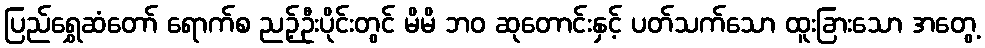
ပြည်ရွှေဆံတော် ရောက်စ ညဉ့်ဦးပိုင်းတွင် မိမိ ဘဝ ဆုတောင်းနှင့် ပတ်သက်သော ထူးခြားသော အတွေ့